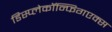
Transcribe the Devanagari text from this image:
डिस्प्लेकॉन्फिगएक्स